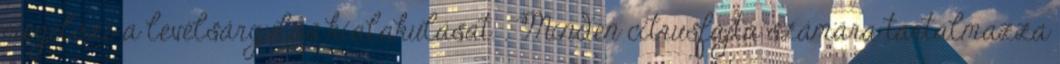
megelőzi a levélsárgulás kialakulását. . Minden citrusfajta számára tartalmazza